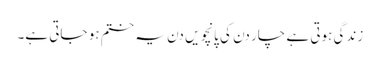
زندگی ہوتی ہے چار دن کی پانچویں دن یہ ختم ہو جاتی ہے۔